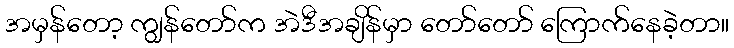
အမှန်တော့ ကျွန်တော်က အဲဒီအချိန်မှာ တော်တော် ကြောက်နေခဲ့တာ။